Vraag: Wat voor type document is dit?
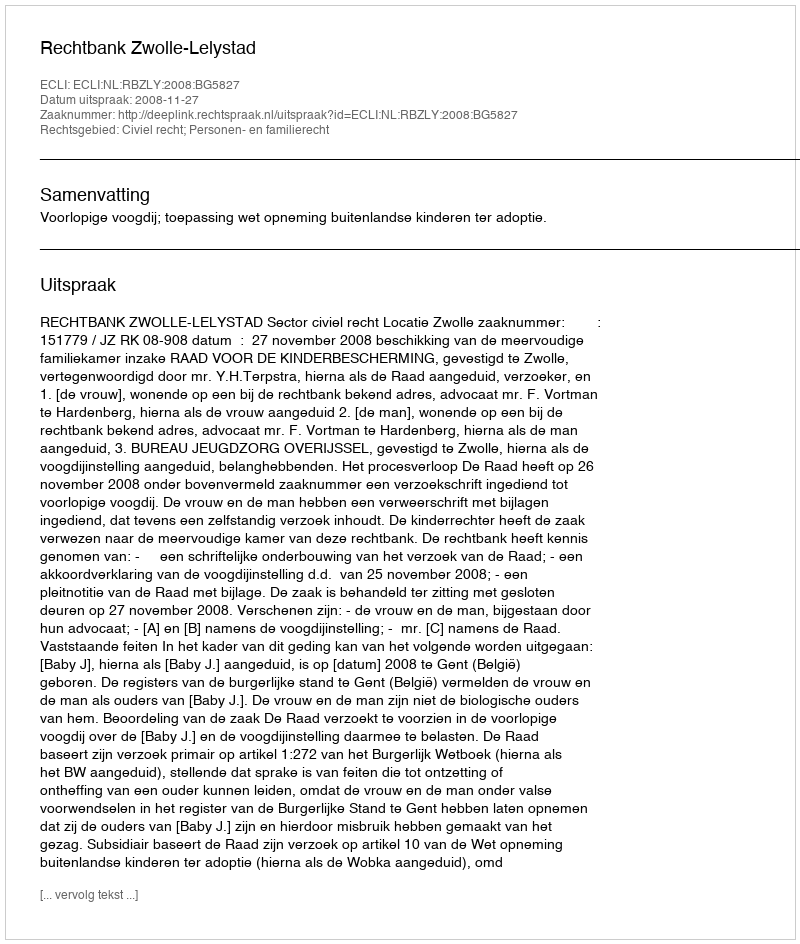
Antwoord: Uitspraak